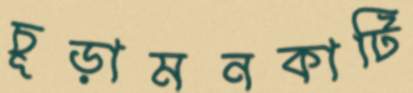
চূড়ামনকাটি